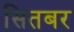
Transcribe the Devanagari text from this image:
सितबर